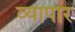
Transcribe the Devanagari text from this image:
व्यापार